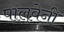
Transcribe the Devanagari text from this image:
पालवेनी